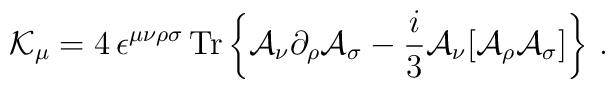
{\cal K}_{\mu}=4\,\epsilon^{\mu\nu\rho\sigma}\,{\rm Tr}\left\{{\cal A}_\nu \partial_\rho {\cal A}_\sigma -\frac{i}{3} {\cal A}_\nu [{\cal A}_\rho{\cal A}_\sigma ]\right\}\,.